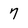
Character: 7